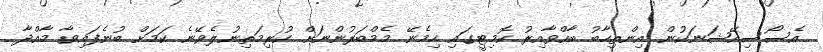
އެސޯސިއޭޝަނަކުން އިންތިހާބު ބާއްވާއިރު ކޮމިޓީގައި ހިމެނޭ މެމްބަރުންނަށް ކުރިމަތިނުލެވޭނެ ކަމަށް ބުނެފައިވާ މާއްދާ